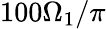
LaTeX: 100\Omega_{1}/\pi